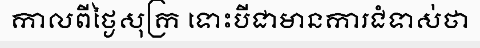
កាលពីថ្ងៃសុក្រ ទោះបីជាមានការជំទាស់ថា